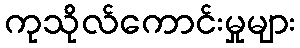
ကုသိုလ်ကောင်းမှုများ